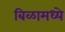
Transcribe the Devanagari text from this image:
बिळामध्ये